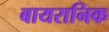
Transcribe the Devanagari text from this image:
बायरानिक